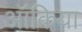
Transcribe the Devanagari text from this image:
ऑंकिया